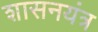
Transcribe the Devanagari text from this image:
शासनयंत्र